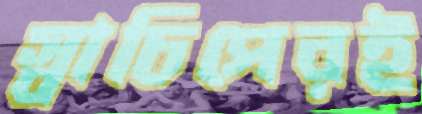
স্বাচিপেরই